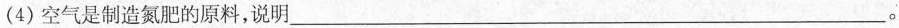
(4)空气是制造氮肥的原料，说明___。